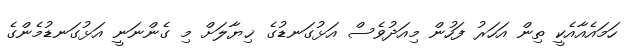
ހަމައެއާއެކީ ތިން އަހަރު ފަހުން މިއަދުވެސް އަޅުގަނޑުގެ ޚިޔާލަށް މި ގެންނަނީ އަޅުގަނޑުމެންގެ